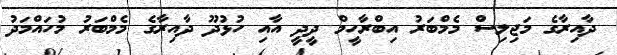
ދާއިރާގެ މަޖިލިސް މެމްބަރު އިބްރާހީމް ދީދީ އާއި ހުޅުދޫ ދާއިރާގެ މެމްބަރު މުހައްމަދު